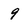
Character: 9